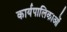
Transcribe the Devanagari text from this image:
कार्यपालिकाओं